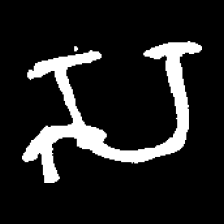
Pyu character \u2014 Myanmar letter: သ (romanized: sa)